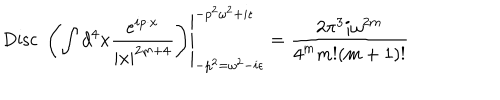
\left. \mathrm { D i s c } \; \left( \int d ^ { 4 } x { \frac { e ^ { i p \cdot x } } { | x | ^ { 2 m + 4 } } } \right) \right| _ { - p ^ { 2 } = \omega ^ { 2 } - i \epsilon } ^ { - p ^ { 2 } \omega ^ { 2 } + i \epsilon } = { \frac { 2 \pi ^ { 3 } i \omega ^ { 2 m } } { 4 ^ { m } m ! ( m + 1 ) ! } }